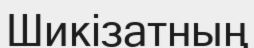
Шикізатның